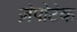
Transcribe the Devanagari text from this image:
ज़ेपोटेक